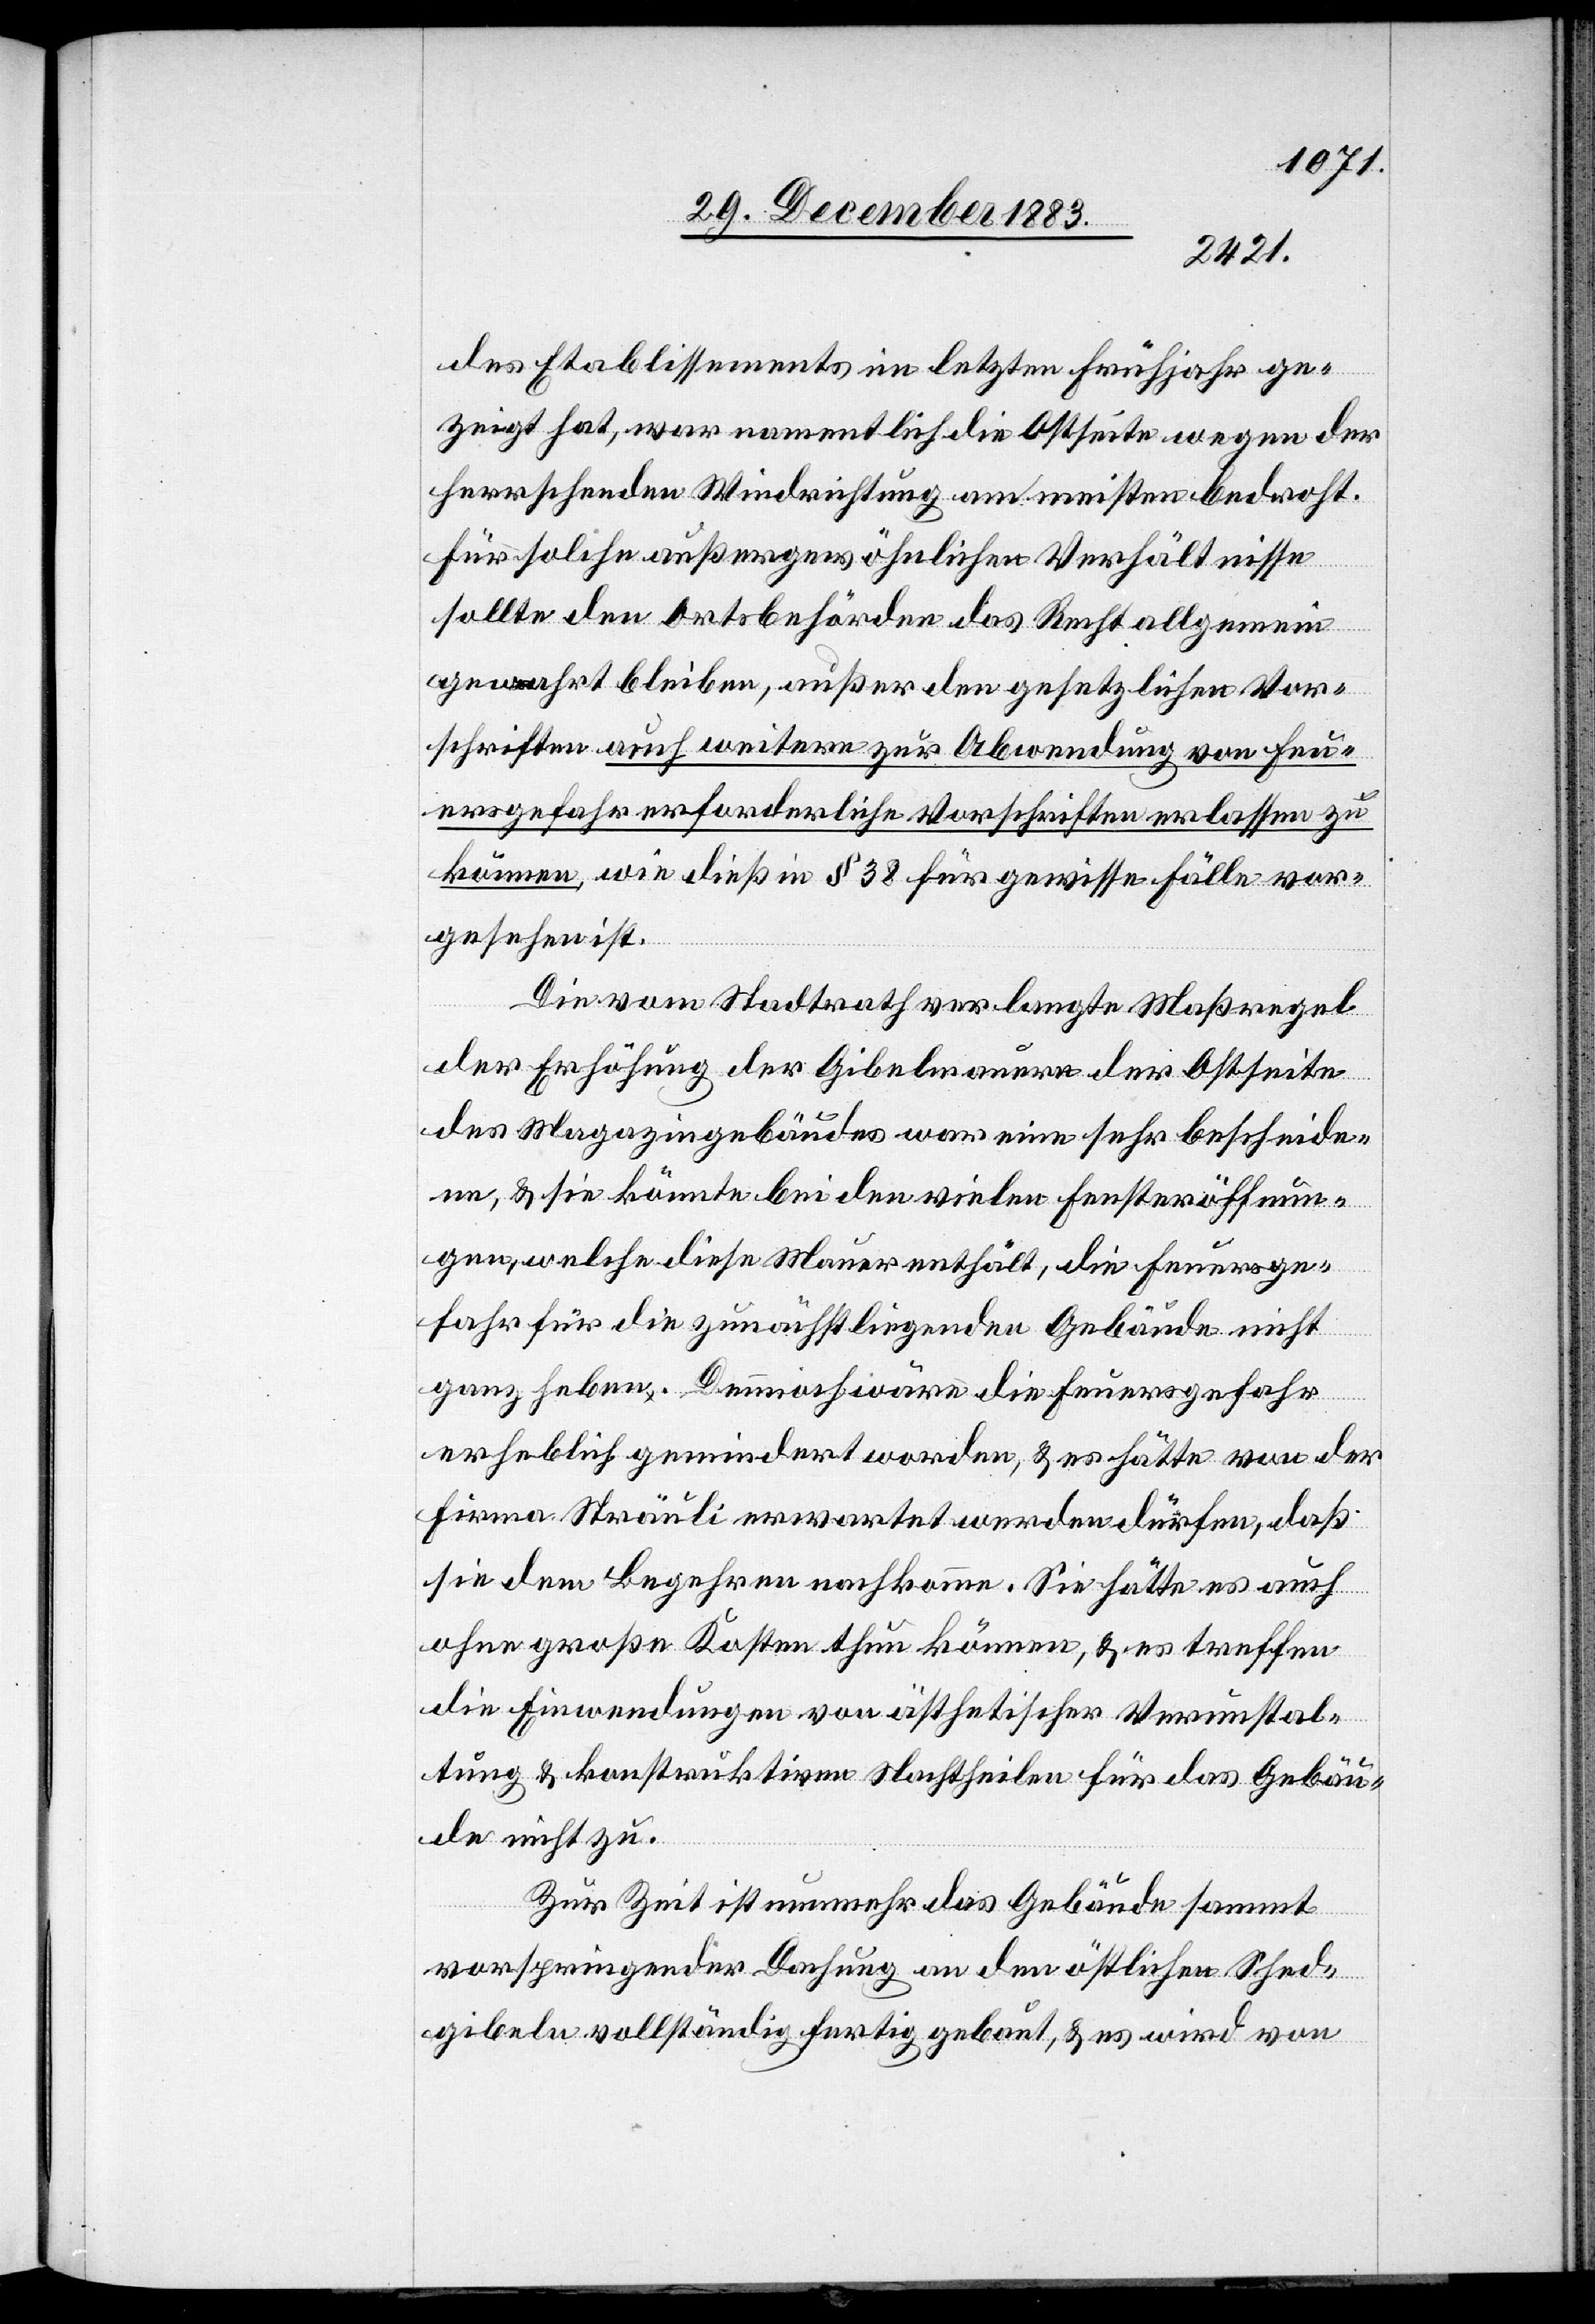
des Etablissements im letzten Frühjahr ge¬
zeigt hat, war namentlich die Ostseite wegen der
herrschenden Windrichtung am meisten bedroht.
Für solche außergewöhnlichen Verhältnisse
sollte den Ortsbehörden das Recht allgemein
gewahrt bleiben, außer den gesetzlichen Vor¬
schriften auch weitere zur Abwendung von Feu¬
ergefahr erforderliche Vorschriften erlassen zu
können, wie dieß in § 38 für gewisse Fälle vor¬
gesehen ist.
Die vom Stadtrath verlangte Maßregel
der Erhöhung der Gibelmauern der Ostseite
des Magazingebäudes war eine sehr bescheide¬
ne, & könnte bei den vielen Fensteröffnun¬
gen, welche diese Mauer enthält, die Feuersge¬
fahr für die zunächstliegenden Gebäude nicht
ganz heben. Dennoch wäre die Feuersgefahr
erheblich gemindert worden, & es hätte von der
Firma Sträuli erwartet werden dürfen, daß
sie dem Begehren nachkomme. Sie hätte es auch
ohne große Kosten thun können, & es treffen
die Einwendungen von ästethischer Verunstal¬
tung & konstruktiven Nachtheilen für das Gebäu¬
de nicht zu.
Zur Zeit ist nunmehr das Gebäude sammt
vorspringender Dachung an den östlichen Shed¬
gibeln vollständig fertig gebaut, & es wird von